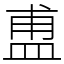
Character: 盙